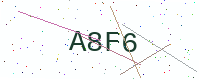
Text: A8F6